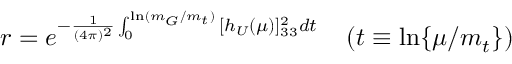
r = e ^ { - \frac { 1 } { ( 4 \pi ) ^ { 2 } } \int _ { 0 } ^ { \ln ( m _ { G } / m _ { t } ) } { [ h _ { U } ( \mu ) ] _ { 3 3 } ^ { 2 } d t } } \; \; \; \; ( t \equiv \ln \{ \mu / m _ { t } \} )